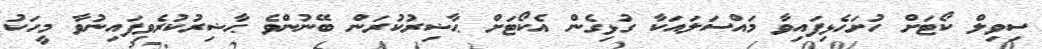
ސިވިލް ކޯޓަށް ހުށަހެޅިފައިވާ މައްސަލައަކާ ގުޅިގެން އެކޯޓަށް ޙާޟިރުކުރަން ބޭނުންވެ ޙާޟިރުކުރެވިފައިނުވާ މީހަކު